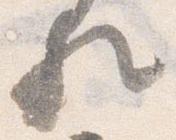
歟